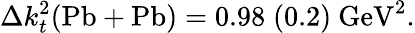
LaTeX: \Delta k_{t}^{2}(\mathrm{Pb+Pb})=0.98\; (0.2)\mathrm{~GeV}^{2}.